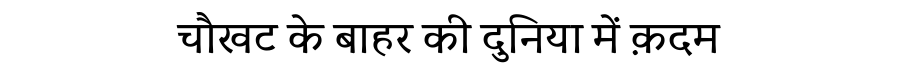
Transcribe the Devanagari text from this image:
चौखट के बाहर की दुनिया में क़दम